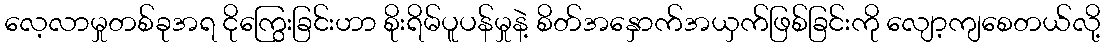
လေ့လာမှုတစ်ခုအရ ငိုကြွေးခြင်းဟာ စိုးရိမ်ပူပန်မှုနဲ့ စိတ်အနှောက်အယှက်ဖြစ်ခြင်းကို လျော့ကျစေတယ်လို့